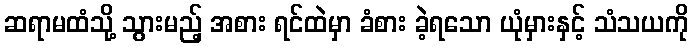
ဆရာမထံသို့ သွားမည့် အစား ရင်ထဲမှာ ခံစား ခဲ့ရသော ယုံမှားနှင့် သံသယကို